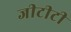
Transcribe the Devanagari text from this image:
जीटीटी